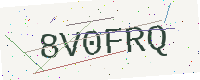
Text: 8V0FRQ